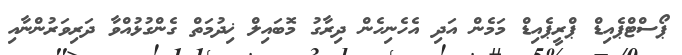
ޕޯސްޓްޕެއިޑް ޕްރީޕެއިޑް މަމެން އަދި އެހެނިހެން ދިރާގު މޮބައިލް ޚިދުމަތް ގެންގުޅުއްވާ ދަރިވަރުންނާއި